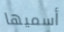
أسميها